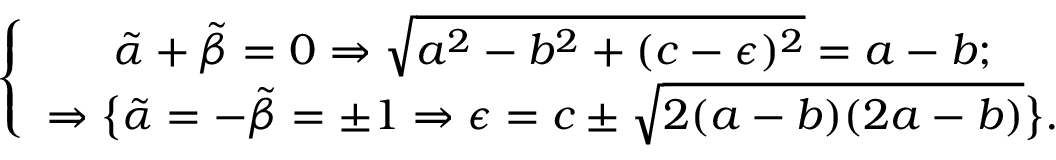
\left\{ \begin{array} { c } { { \tilde { \alpha } + \tilde { \beta } = 0 \Rightarrow \sqrt { a ^ { 2 } - b ^ { 2 } + ( c - \epsilon ) ^ { 2 } } = a - b ; } } \\ { { \Rightarrow \big \{ \tilde { \alpha } = - \tilde { \beta } = \pm 1 \Rightarrow \epsilon = c \pm \sqrt { 2 ( a - b ) ( 2 a - b ) } \big \} . } } \end{array} \right.